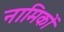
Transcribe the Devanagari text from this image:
नामिकों